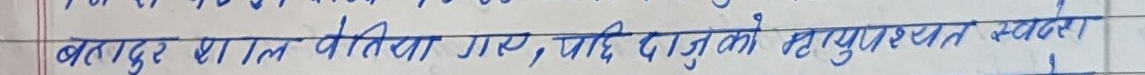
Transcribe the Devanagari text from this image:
बलतपुर पाल्तिमा गए, यदि दाजुको मृत्यु पश्चात व्यवस्था